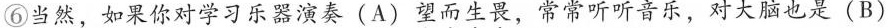
⑥当然，如果你对学习乐器演奏 (A) 望而生畏，常常听听音乐，对大脑也是 (B)